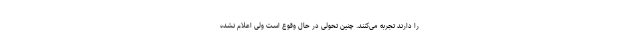
را دارند تجربه می‌کنند. چنین تحولی در حال وقوع است ولی اعلام نشده